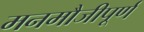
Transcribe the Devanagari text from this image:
मनमौजीपूर्ण